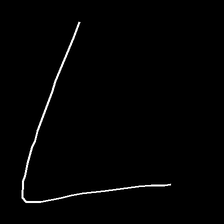
Glyph: region